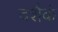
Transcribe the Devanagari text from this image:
दशैकं